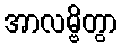
အာလမ္ဗိတွာ